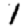
Digit: 1